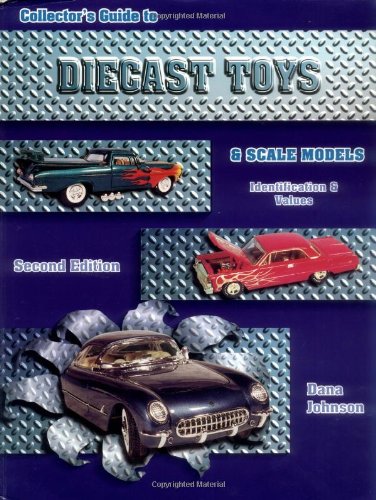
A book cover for Collectors Guide to Diecast Toys and Scale Models; Dana Johnson; Crafts, Hobbies & Home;